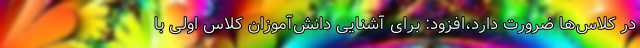
در کلاس‌ها ضرورت دارد،افزود: برای آشنایی دانش‌آموزان کلاس اولی با